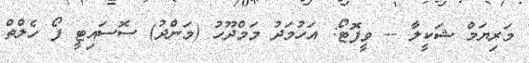
މަރިޔަމް ޝަކީލާ -- ވީފޮޓޯ: އަހުމަދު މަމްދޫހު (މަންދު) ސޮސައިޓީ ފޯ ހެލްތް